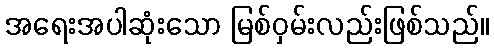
အရေးအပါဆုံးသော မြစ်ဝှမ်းလည်းဖြစ်သည်။